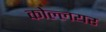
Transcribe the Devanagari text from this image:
कोल्लयर